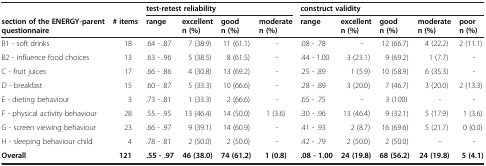
|  |  | <COLSPAN=4> test-retest reliability | <COLSPAN=5> construct validity |
 | section of the ENERGY-parent questionnaire | # items | range | excellent n (%) | good n (%) | moderate n (%) | range | excellent n (%) | good n (%) | moderate n (%) | poor n (%) |
 | --- | --- | --- | --- | --- | --- | --- | --- | --- | --- | --- |
 | B1 - soft drinks | 18 | .64 - .87 | 7 (38.9) | 11 (61.1) | - | .08 - .78 | - | 12 (66.7) | 4 (22.2) | 2 (11.1) |
 | B2 - influence food choices | 13 | .63 - .96 | 5 (38.5) | 8 (61.5) | - | .44 - 1.00 | 3 (23.1) | 9 (69.2) | 1 (7.7) | - |
 | C - fruit juices | 17 | .66 - .86 | 4 (30.8) | 13 (69.2) | - | .25 - .89 | 1 (5.9) | 10 (58.9) | 6 (35.3) | - |
 | D - breakfast | 15 | .60 - .87 | 5 (33.3) | 10 (66.6) | - | .28 - .89 | 3 (20.0) | 7 (46.7) | 3 (20.0) | 2 (13.3) |
 | E - dieting behaviour | 3 | .73 - .81 | 1 (33.3) | 2 (66.6) | - | .65 - .75 | - | 3 (100) | - | - |
 | F - physical activity behaviour | 28 | .55 - .95 | 13 (46.4) | 14 (50.0) | 1 (3.6) | .30 - .96 | 13 (46.4) | 9 (32.1) | 5 (17.9) | 1 (3.6) |
 | G - screen viewing behaviour | 23 | .66 - .97 | 9 (39.1) | 14 (60.9) | - | .41 - .93 | 2 (8.7) | 16 (69.6) | 5 (21.7) | 0 (0.0) |
 | H - sleeping behaviour child | 4 | .78 - .81 | 2 (50.0) | 2 (50.0) | - | .42 - .79 | 2 (50.0) | 2 (50.0) | - | - |
 | Overall | 121 | .55 - .97 | 46 (38.0) | 74 (61.2) | 1 (0.8) | .08 - 1.00 | 24 (19.8) | 68 (56.2) | 24 (19.8) | 5 (4.1) |